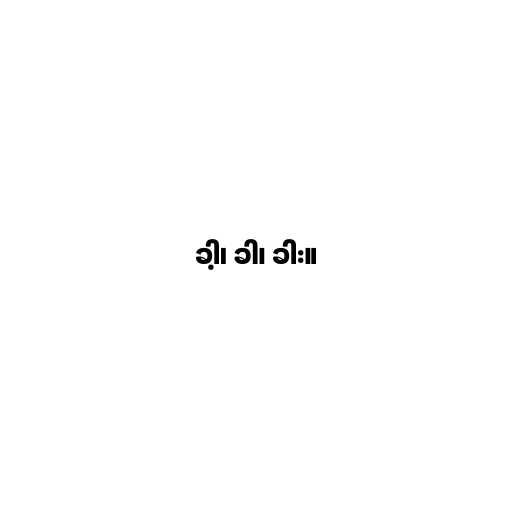
ခါ့၊ ခါ၊ ခါး။